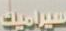
سيراميك